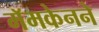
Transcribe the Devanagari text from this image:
मॅमकेनने